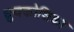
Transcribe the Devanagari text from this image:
ध्रुवकोशिका